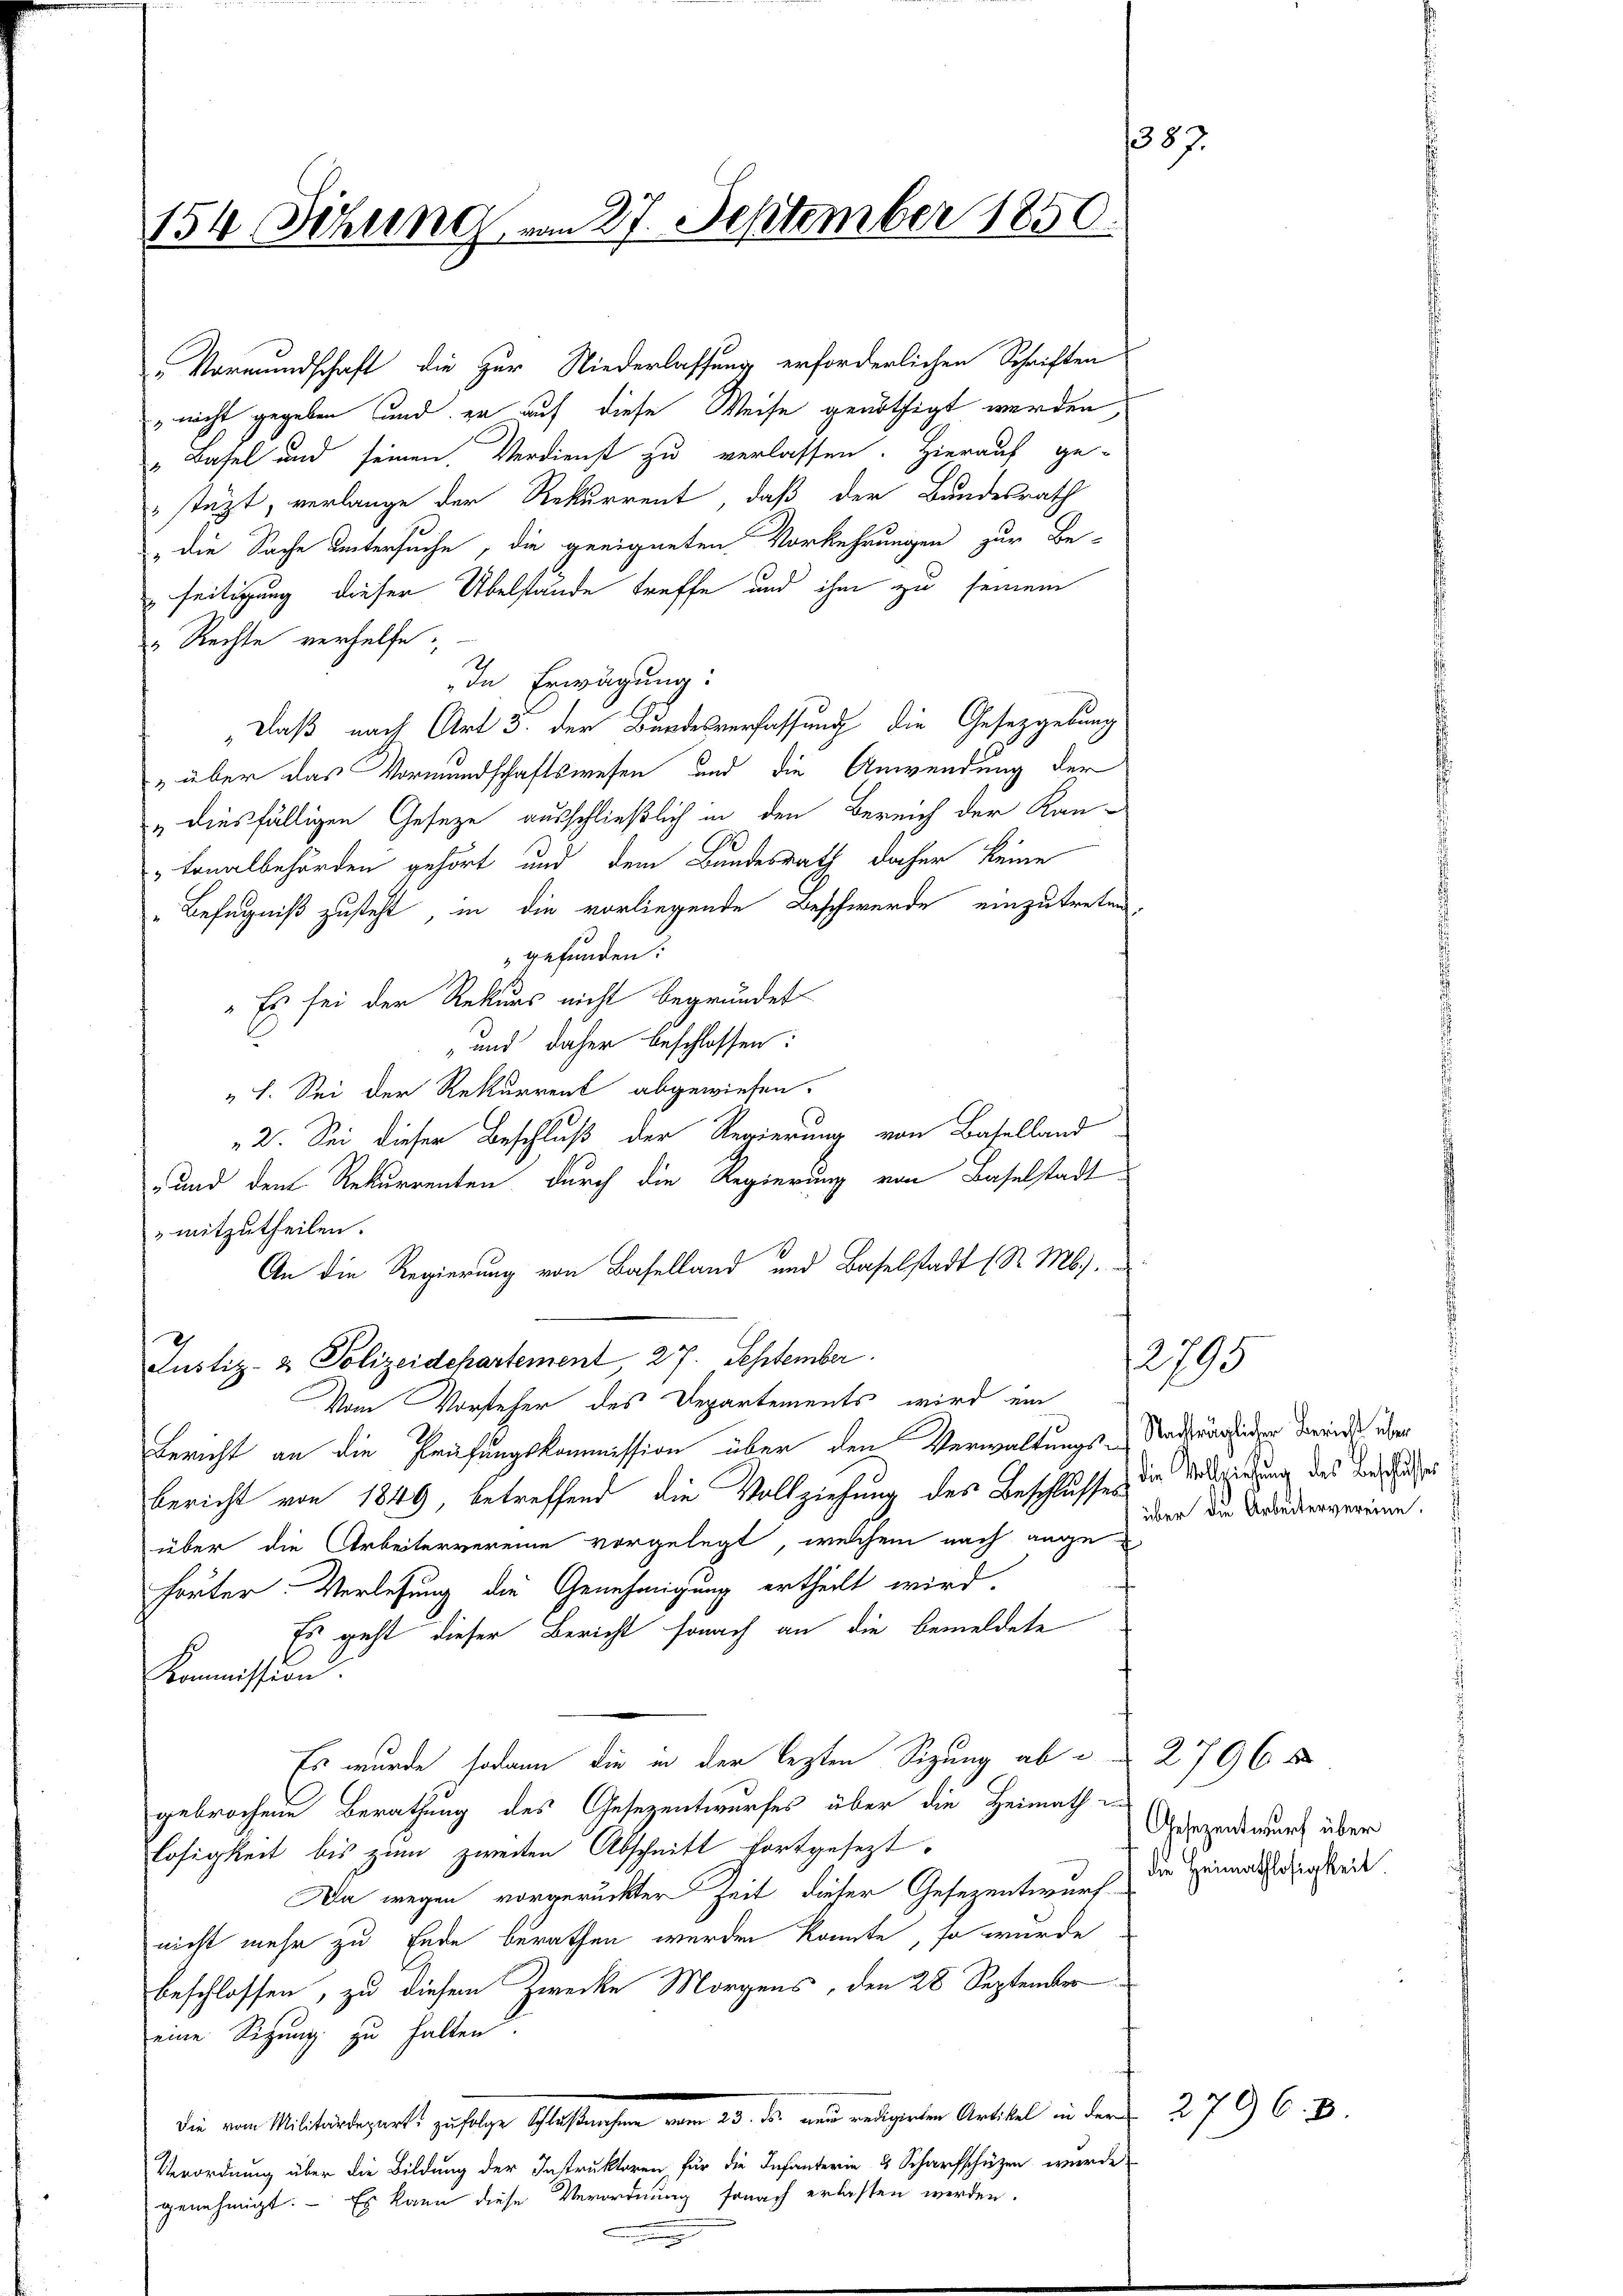
154 Sitzung vom 27. September 1850.

Vormundschaft die zur Niederlassung erforderlichen Schriften
 nicht gegeben und zu auf diese Weise genöthigt werden,
"Basel und seinen Verdienst zu verlassen. Hierauf ge-
stüzt, verlange der Rekurrent, daß der Bundesrath
" die Sache untersuche, die geeigneten Vorkehrungen zur Be-
seitigung dieser Übelstände treffe und ihm zu seinem
" Rechte verhelfe.
In Erwägung:
„Daß nach Art 3. der Bundesverfassung die Gesetzgebung
" über das Vormundschaftswesen und die Anwendung der
" diesfälligen Gesetze ausschließlich in den Bereich der Kan-
Lonalbehörden gehört und dem Bundesrath daher keine
"Befugniß zusteht in die vorliegende Beschwerde einzutreten.
gefunden:
" Es sei der Rekurs nicht begründet
und daher beschlossen:
" 1. Sei der Rekurrent abgewiesen.
2. Sei dieser Beschluß der Regierung von Baselland
und dem Rekurrenten durch die Regierung von Baselstadt
mitzutheilen.
An die Regierung von Baselland und Baselstadt 1 S. Mb.).
Justiz- & Polizeidepartement, 27. September
Vom Vorsteher des Departements wird ein
Bericht an die Prüfungskommission über den Verwaltungs-Stade der beide über
Bericht von 1849, betreffend die Vollziehung des Beschlusses, die Vollziehung des Beschluße
über die Arbeitervereine vorgelegt, welchem nach ange
hörter. Verlesung die Genehmigung ertheilt wird.
Es geht dieser Bericht sonach an die bemeldete
Kommission.
Es wurde sodann die in der lezten Sizung ab u. 2796 f
gebrochene Berathung des Gesezentwurfes über die Heimath in
Losigkeit bis zum zweiten Abschnitt fortgesezt
Da wegen vorgerückter Zeit dieser Gesezentwurf die Heimathstätigkeit
nicht mehr zu Ende berathen werden könnte, so wurde
beschlossen, zu diesem Zwecke Morgens, den 28 September
eine Sitzung zu halten.
die von Maltenderstatt gesetzen Gastsachen vom 25. die aus weitgeten Artikel in der
Verordnung über die Bildung der Instruktoren für die Infanterin 3 Scharfschüzen wurde
genehmigt. Es kann diese Verordnung sonach erlassen werden.
.

1387.

2795

über die Arbeitervereine.

Gesezentwurf über

2796. 8.